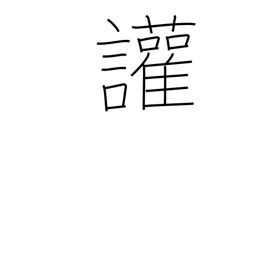
Meaning: disputatious